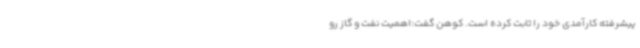
پیشرفته کارآمدی خود را ثابت کرده است. کوهن گفت:اهمیت نفت و گاز رو